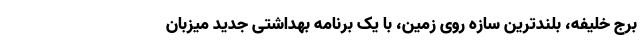
برج خلیفه، بلندترین سازه روی زمین، با یک برنامه بهداشتی جدید میزبان